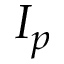
I _ { p }